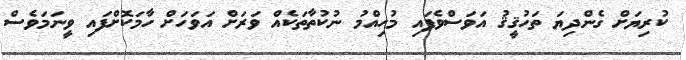
ކުރިޔަށް ގެންދިޔަ ތަހުޤީޤު އަވަސްވެފައި މުހިއްމު ނުކުތާތަކެއް ވަރަށް އަވަހަށް ހާމަކޮށްފައި ވީނަމަވެސް